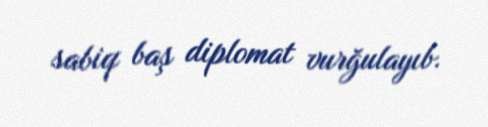
sabiq baş diplomat vurğulayıb.